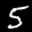
Label: 5